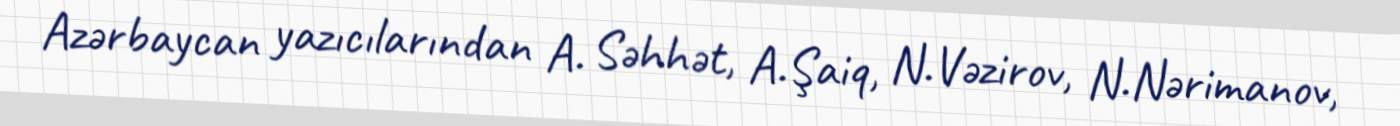
Azərbaycan yazıcılarından A. Səhhət, A.Şaiq, N.Vəzirov, N.Nərimanov,